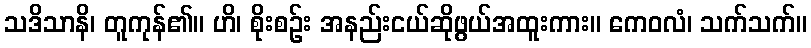
သဒိသာနိ၊ တူကုန်၏။ ဟိ၊ စိုးစဉ်း အနည်းငယ်ဆိုဖွယ်အထူးကား။ ကေဝလံ၊ သက်သက်။